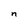
Character: n